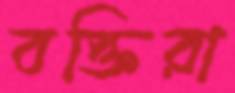
বক্তিরা